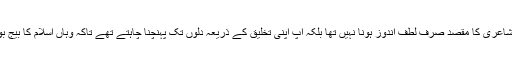
آپ کی شاعری کا مقصد صرف لطف اندوز ہونا نہیں تھا بلکہ آپ اپنی تخلیق کے ذریعہ دلوں تک پہنچنا چاہتے تھے تاکہ وہاں اسلام کا بیج بوسکیں ۔